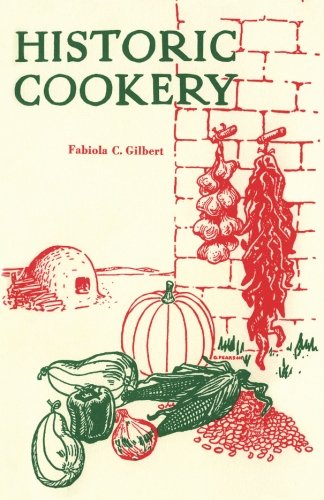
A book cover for Historic Cookery; Fabiola Gilbert; Cookbooks, Food & Wine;